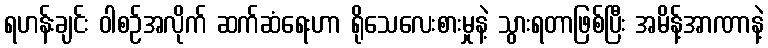
ရဟန်းချင်း ဝါစဉ်အလိုက် ဆက်ဆံရေးဟာ ရိုသေလေးစားမှုနဲ့ သွားရတာဖြစ်ပြီး အမိန့်အာဏာနဲ့